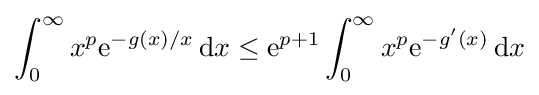
\int _{0}^{\infty }x^{p}\mathrm {e} ^{-g(x)/x}\,\mathrm {d} x\leq \mathrm {e} ^{p+1}\int _{0}^{\infty }x^{p}\mathrm {e} ^{-g'(x)}\,\mathrm {d} x